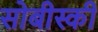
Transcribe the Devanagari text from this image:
सोबीस्की